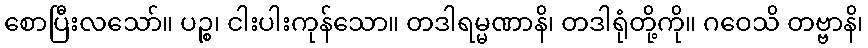
စောပြီးလသော်။ ပဉ္စ၊ ငါးပါးကုန်သော။ တဒါရမ္မဏာနိ၊ တဒါရုံတို့ကို။ ဂဝေသိ တဗ္ဗာနိ၊